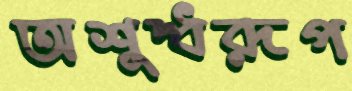
অশুদ্ধরূপ